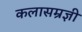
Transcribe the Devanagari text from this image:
कलासम्रज्ञी